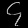
Digit: ၄